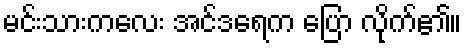
မင်းသားကလေး အင်ဒရေက ပြော လိုက်၏။